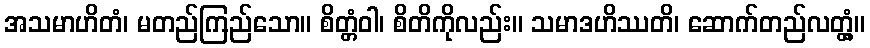
အသမာဟိတံ၊ မတည်ကြည်သော။ စိတ္တံဝါ၊ စိတိကိုလည်း။ သမာဒဟိဿတိ၊ ဆောက်တည်လတ္တံ့။